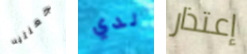
جعلتيه لدي إعتذار